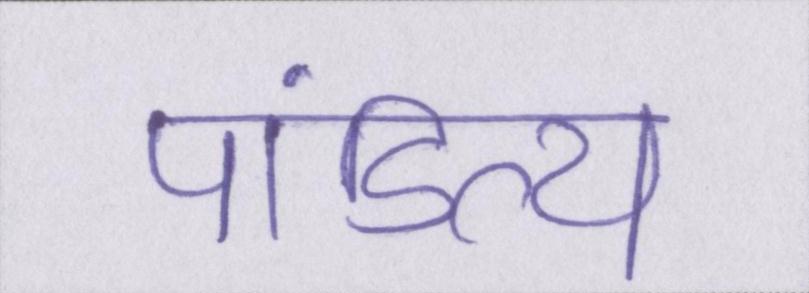
पांडित्य